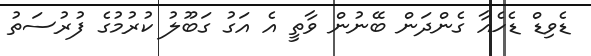
ޑެވިޑް ޑެހެއާ ގެންދަން ބޭނުން ވާތީ އެ އަގު ގަބޫލު ކުރުމުގެ ފުރުސަތު